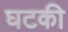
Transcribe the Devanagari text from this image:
घटकी